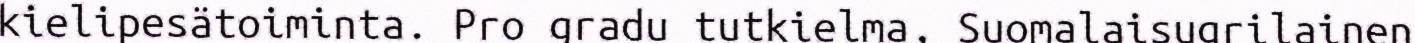
kielipesätoiminta. Pro gradu tutkielma, Suomalaisugrilainen